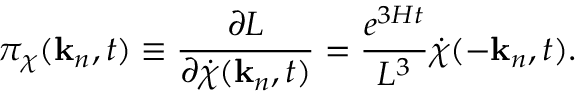
\pi _ { \chi } ( { \bf k } _ { n } , t ) \equiv \frac { \partial L } { \partial { \dot { \chi } } ( { \bf k } _ { n } , t ) } = \frac { e ^ { 3 H t } } { L ^ { 3 } } { \dot { \chi } } ( - { \bf k } _ { n } , t ) .